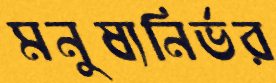
মনুষ্যনির্ভর